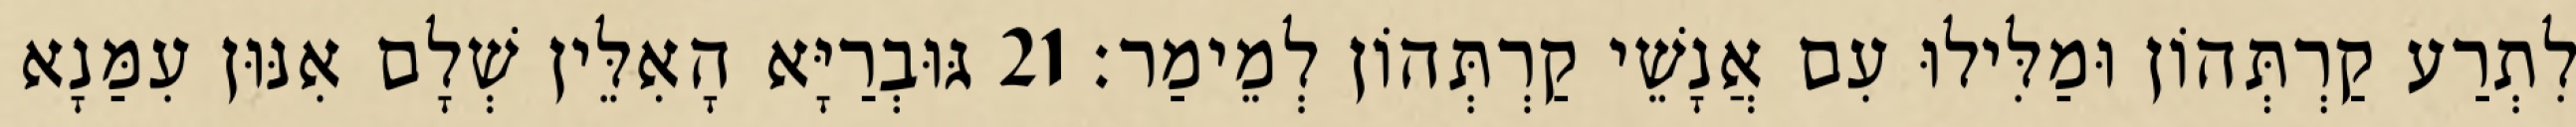
לִתְרַע קַרְתְּהוֹן וּמַלִּילוּ עִם אֲנָשֵׁי קַרְתְּהוֹן לְמֵימַר׃ 21 גּוּבְרַיָּא הָאִלֵּין שְׁלָם אִנּוּן עִמַּנָא